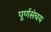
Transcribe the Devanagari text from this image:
पूर्णसंचय